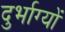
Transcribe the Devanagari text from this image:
दुर्भाग्यों